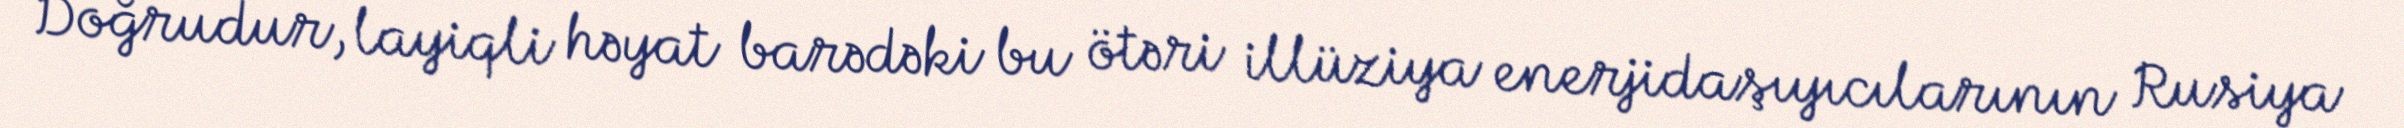
Doğrudur, layiqli həyat barədəki bu ötəri illüziya enerjidaşıyıcılarının Rusiya